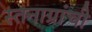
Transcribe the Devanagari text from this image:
स्तनाग्रांची